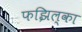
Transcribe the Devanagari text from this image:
फझिल्का